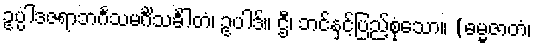
ဥပ္ပါဒဇရာဘင်္ဂသမင်္ဂိသင်္ခါတံ၊ ဥပါဒ်။ ဌီ၊ ဘင်နှင့်ပြည့်စုံသော။ (ဓမ္မဇာတံ၊